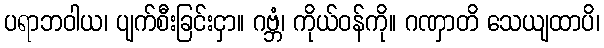
ပရာဘဝါယ၊ ပျက်စီးခြင်းငှာ။ ဂဗ္ဘံ၊ ကိုယ်ဝန်ကို။ ဂဏှာတိ သေယျထာပိ၊